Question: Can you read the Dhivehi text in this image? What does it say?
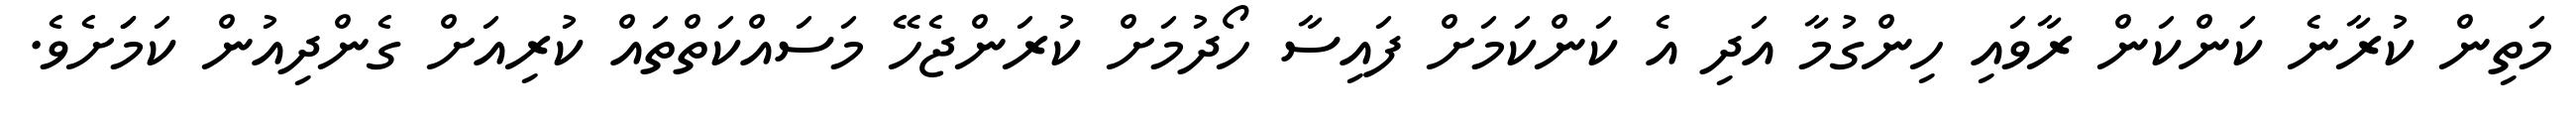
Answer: މަތިން ކުރާނެ ކަންކަން ރާވައި ހިންގުމާ އަދި އެ ކަންކަމަށް ފައިސާ ހޯދުމަށް ކުރަންޖެހޭ މަސައްކަތްތައް ކުރިއަށް ގެންދިއުން ކަމަަށެވެ.